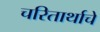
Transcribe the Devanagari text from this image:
चरितार्थाचे